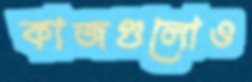
কাজগুলোও